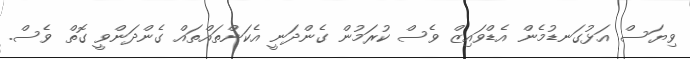
ވިޔަސް އަޅުގަނޑުމެން އެޑްވައިޒް ވެސް ކުރަމުން ގެންދަނީ އެކަންތައްތައް ގެންދަންވީ ގޮތް ވެސް.